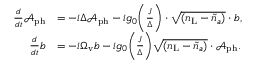
\begin{array} { r l } { \frac { d } { d t } \mathcal { A } _ { \mathrm { p h } } } & { = - i \Delta \mathcal { A } _ { \mathrm { p h } } - i g _ { 0 } \bigg ( \frac { J } { \Delta } \bigg ) \cdot \sqrt { ( { n } _ { \mathrm { L } } - \tilde { n } _ { a } ) } \cdot b , } \\ { \frac { d } { d t } b } & { = - i \Omega _ { \mathrm { v } } b - i g _ { 0 } \bigg ( \frac { J } { \Delta } \bigg ) \sqrt { ( { n } _ { \mathrm { L } } - \tilde { n } _ { a } ) } \cdot \mathcal { A } _ { \mathrm { p h } } . } \end{array}